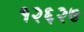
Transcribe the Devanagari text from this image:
१२६२७